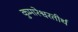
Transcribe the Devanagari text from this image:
कुमारेश्वरतीर्थ